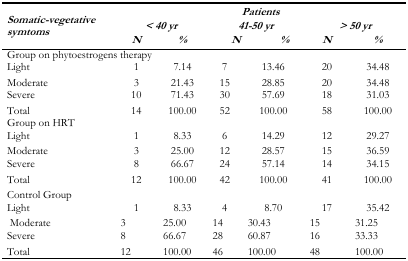
| <ROWSPAN=3> Somatic-vegetative symtoms | <COLSPAN=6> Patients |
 | <COLSPAN=2> < 40 yr | <COLSPAN=2> 41–50 yr | <COLSPAN=2> > 50 yr |
 | N | % | N | % | N | % |
 | --- | --- | --- | --- | --- | --- | --- |
 | <COLSPAN=7> Group on phytoestrogens therapy |
 | Light | 1 | 7.14 | 7 | 13.46 | 20 | 34.48 |
 | Moderate | 3 | 21.43 | 15 | 28.85 | 20 | 34.48 |
 | Severe | 10 | 71.43 | 30 | 57.69 | 18 | 31.03 |
 | Total | 14 | 100.00 | 52 | 100.00 | 58 | 100.00 |
 | <COLSPAN=7> Group on HRT |
 | Light | 1 | 8.33 | 6 | 14.29 | 12 | 29.27 |
 | Moderate | 3 | 25.00 | 12 | 28.57 | 15 | 36.59 |
 | Severe | 8 | 66.67 | 24 | 57.14 | 14 | 34.15 |
 | Total | 12 | 100.00 | 42 | 100.00 | 41 | 100.00 |
 | <COLSPAN=7> Control Group |
 | Light | 1 | 8.33 | 4 | 8.70 | 17 | 35.42 |
 | Moderate | 3 | 25.00 | 14 | 30.43 | 15 | 31.25 |
 | Severe | 8 | 66.67 | 28 | 60.87 | 16 | 33.33 |
 | Total | 12 | 100.00 | 46 | 100.00 | 48 | 100.00 |